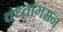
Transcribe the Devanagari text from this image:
वध्वागमन